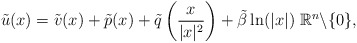
\begin{align*}\tilde{u}(x)=\tilde{v}(x)+\tilde{p}(x)+\tilde{q}\left(\frac{x}{|x|^2}\right)+\tilde{\beta }\ln(|x|) \; \mathbb{R}^n \backslash \{0\},\end{align*}